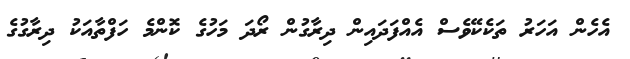
އެހެން އަހަރު ތަކެކޭވެސް އެއްފަދައިން ދިރާގުން ރޯދަ މަހުގެ ކޮންމެ ހަފްތާއަކު ދިރާގުގެ